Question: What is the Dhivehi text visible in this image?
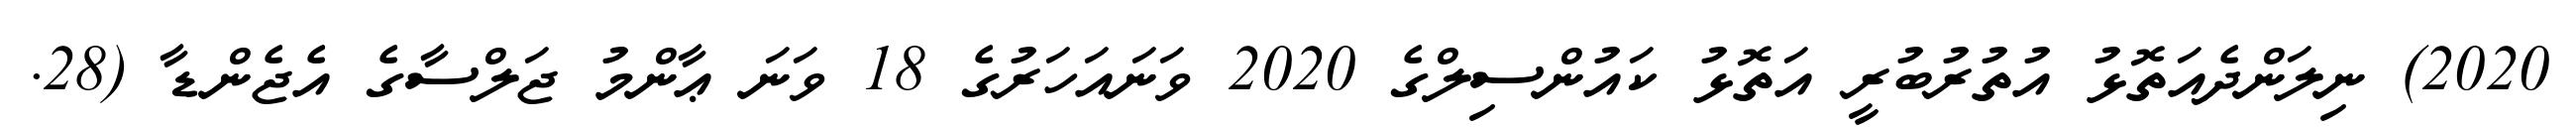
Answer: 2020) ނިލަންދެއަތޮޅު އުތުރުބުރީ އަތޮޅު ކައުންސިލްގެ 2020 ވަނައަހަރުގެ 18 ވަނަ ޢާންމު ޖަލްސާގެ އެޖެންޑާ (28.